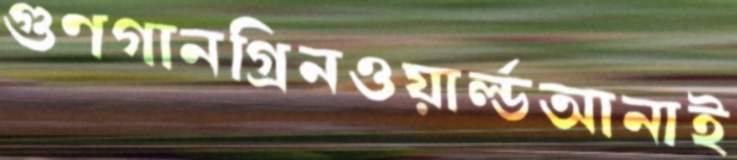
গুণগানগ্রিনওয়ার্ল্ডআনাই